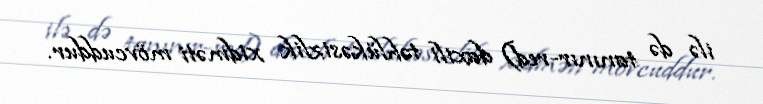
ilə də tanınır-red) daxili təhlükəsizlik xidməti mövcuddur.